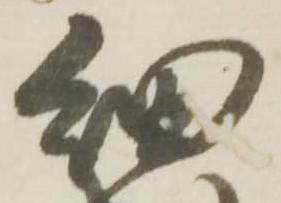
細